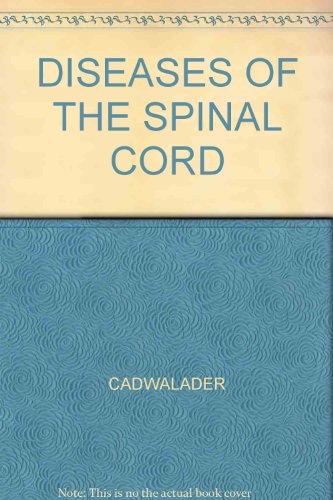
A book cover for Diseases of the Spinal Cord; Williams Cadwalader; Health, Fitness & Dieting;